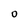
Character: O